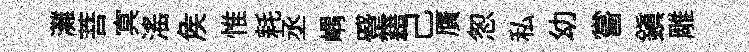
灘菩㝠滛矦惟耗丞嵎蹙籍己贋怱私幼嘗鎭雕